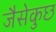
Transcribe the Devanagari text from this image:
जैसेकुछ